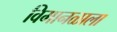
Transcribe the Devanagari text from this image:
विमानळाला